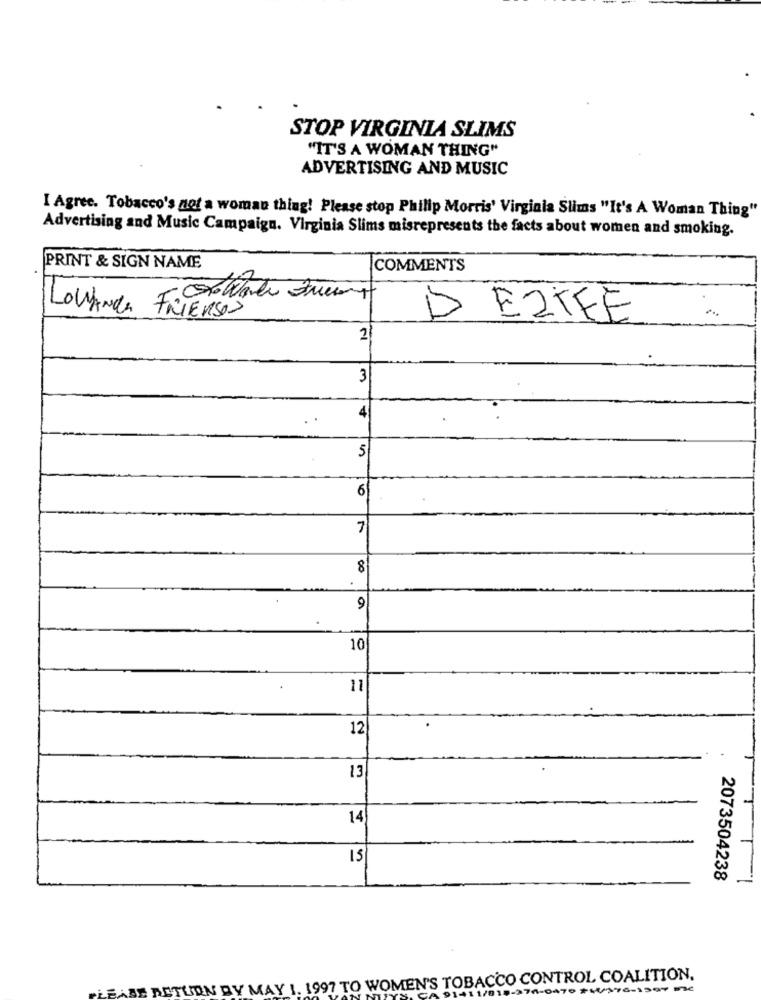
STOP VIRGINIA SLIMS
"IT'S A WOMAN THING"
ADVERTISING AND MUSIC
I Agree. Tobacco's not a woman thing! Please stop Philip Morris' Virginia Slims "It's A Woman Thing"
Advertising and Music Campaign. Virginia Slims misrepresents the facts about women and smoking.
PRINT & SIGN NAME
COMMENTS
LOWLANDS FRIERSOS
D EZTFE
2
3
4
5
6
7
8
9
10
11
12
13
14
15
2073504238
PLEASE RETURN BY MAY 1. 1997 TO WOMEN'S TOBACCO CONTROL COALITION.
74-0470 #6396-1997 ne